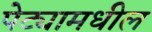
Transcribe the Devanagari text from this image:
पेट्यामधील